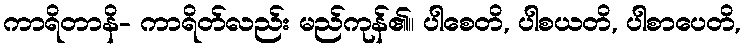
ကာရိတာနိ- ကာရိတ်လည်း မည်ကုန်၏။ ပါစေတိ, ပါစယတိ, ပါစာပေတိ,